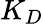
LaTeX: K_{D}